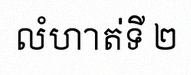
លំហាត់ទី ២